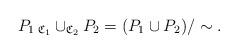
LaTeX: \begin{align*}P_1 \,_{\frak C_1} \cup_{\frak C_2} P_2=(P_1 \cup P_2)/\sim .\end{align*}